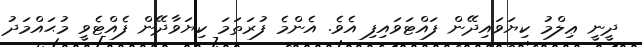
ދީނީ ޢިލްމު ކިޔަވައިދޭން ފައްޓަވައިފި އެވެ. އެންމެ ފުރަތަމަ ކިޔަވާދޭން ފެއްޓެވީ މުޙައްމަދު